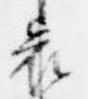
哀